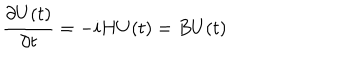
LaTeX: { \frac { \partial U ( t ) } { \partial t } } = - i H U ( t ) = B U ( t )